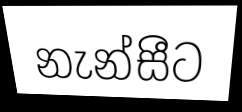
නැන්සීට